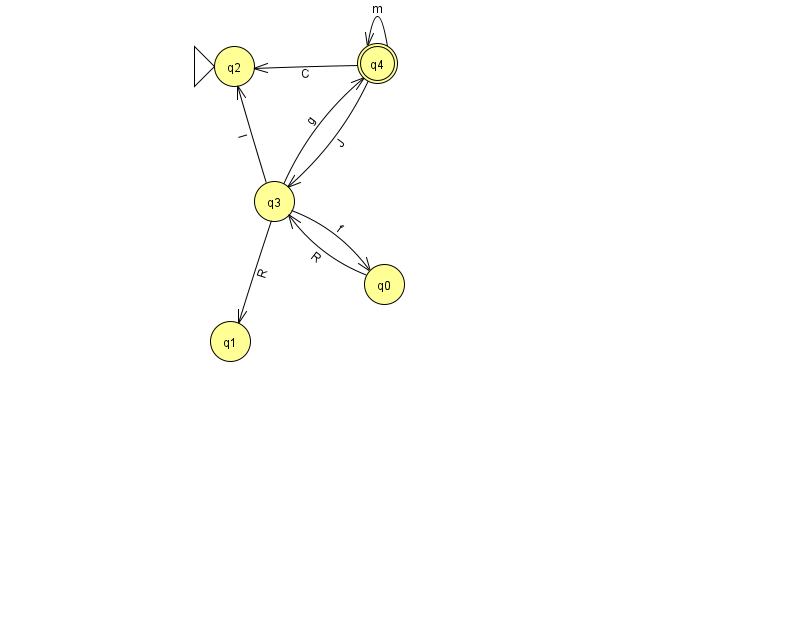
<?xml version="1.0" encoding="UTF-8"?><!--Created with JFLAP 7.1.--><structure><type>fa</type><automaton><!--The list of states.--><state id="0" name="q0"><x>384.0</x><y>271.0</y></state><state id="1" name="q1"><x>230.0</x><y>328.0</y></state><state id="2" name="q2"><x>234.0</x><y>53.0</y><initial/></state><state id="3" name="q3"><x>274.0</x><y>188.0</y></state><state id="4" name="q4"><x>377.0</x><y>50.0</y><final/></state><!--The list of transitions.--><transition><from>4</from><to>2</to><read>C</read></transition><transition><from>3</from><to>0</to><read>f</read></transition><transition><from>3</from><to>4</to><read>g</read></transition><transition><from>0</from><to>3</to><read>R</read></transition><transition><from>4</from><to>4</to><read>m</read></transition><transition><from>3</from><to>2</to><read>I</read></transition><transition><from>4</from><to>3</to><read>J</read></transition><transition><from>3</from><to>1</to><read>R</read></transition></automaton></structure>